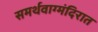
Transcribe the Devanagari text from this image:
समर्थवाग्मंदिरात